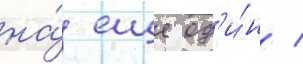
на́ еще од'и́н /